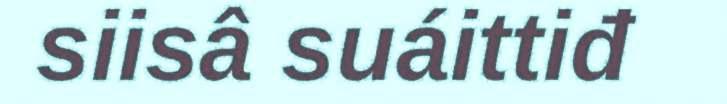
siisâ suáittiđ